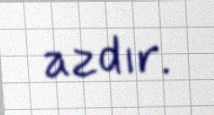
azdır.